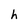
Character: h